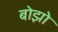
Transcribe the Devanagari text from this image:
बोझो